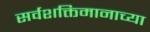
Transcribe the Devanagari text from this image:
सर्वशक्तिमानाच्या